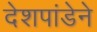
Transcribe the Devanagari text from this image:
देशपांडेने